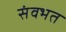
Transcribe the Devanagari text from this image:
संवभत